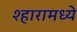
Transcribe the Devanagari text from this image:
श्हारामध्ये